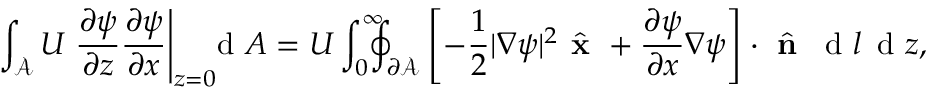
\int _ { \mathcal { A } } U \left. \frac { \partial \psi } { \partial z } \frac { \partial \psi } { \partial x } \right| _ { z = 0 } \! \! \! \! \, \textrm { d } A = U \int _ { 0 } ^ { \infty } \! \! \! \! \oint _ { \partial \mathcal { A } } \left[ - \frac { 1 } { 2 } | \nabla \psi | ^ { 2 } \hat { \textbf { x } } + \frac { \partial \psi } { \partial x } \nabla \psi \right] \cdot \hat { \textbf { n } } \, \textrm { d } l \, \textrm { d } z ,